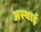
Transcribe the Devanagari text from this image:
अस्‍थाई